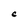
Character: C